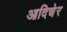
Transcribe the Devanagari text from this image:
आदिचेर